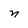
Character: n